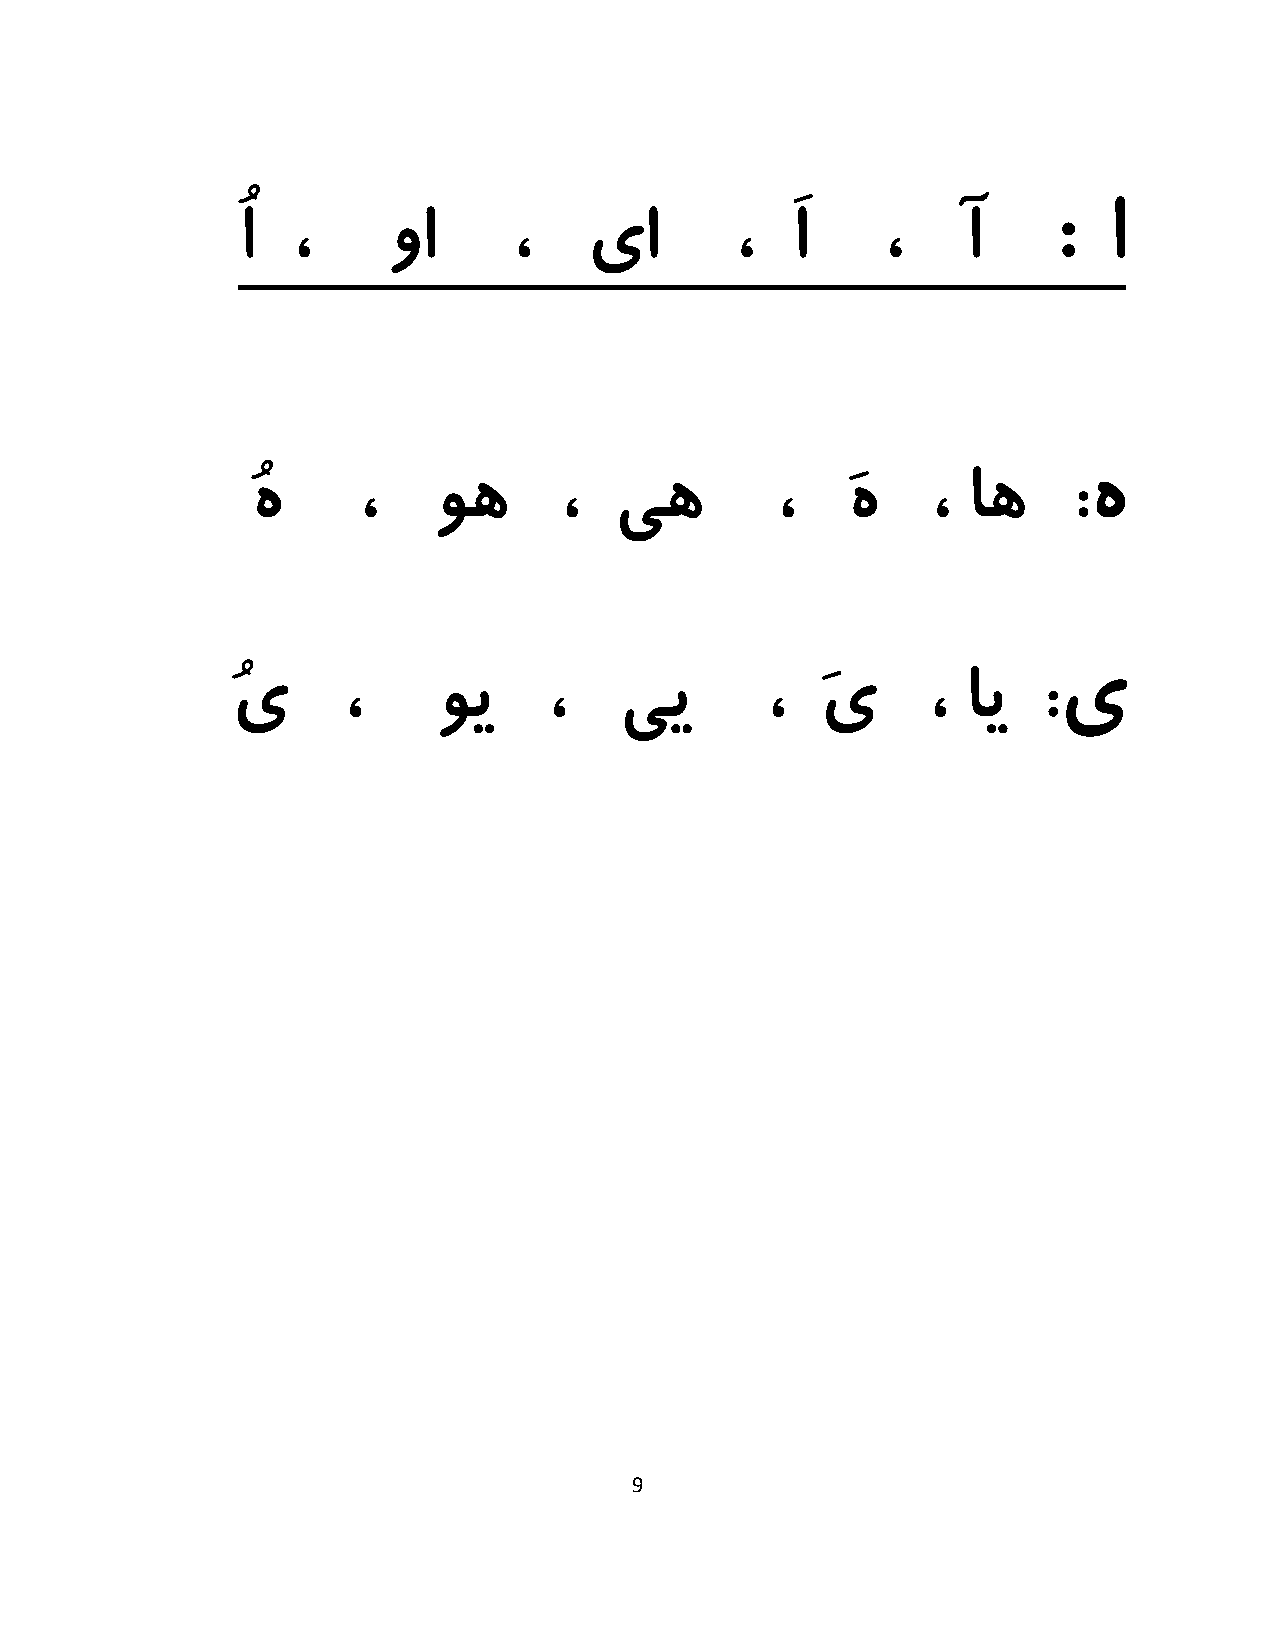
ُا ،      وا      ،    یا        ،  َا    ،    آ      :  ا
 ُه     ،    وه      ،   یه        ،    َه    ، اه     :ه
 ُی      ،     وی     ،    یی        ،  َی     ،  ای   :ی
 9